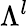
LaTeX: \Lambda^{l}